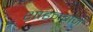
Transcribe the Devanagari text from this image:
शाहनबाज